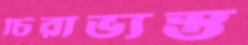
চিরাভ্যস্ত